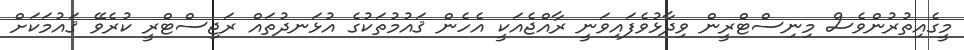
މީގެއިތުރުންވެސް މިނިސްޓްރީން ވިދާޅުވެފައިވަނީ ރާއްޖެއަކީ އެހެން ޤައުމުތަކުގެ އުޅަނދުތައް ރަޖިސްޓްރީ ކުރެވޭ ޤައުމަކަށް